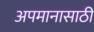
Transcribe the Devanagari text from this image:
अपमानासाठी